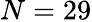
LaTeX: N=29